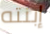
إبنته